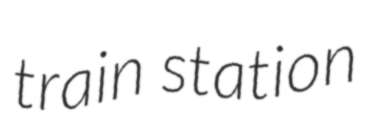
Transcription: train station